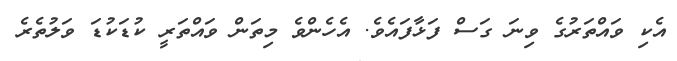
އެކި ވައްތަރުގެ ވިނަ ގަސް ފަޅާފައެވެ. އެހެންވެ މިތަން ވައްތަރީ ކުޑަކުޑަ ވަލުތެރެ